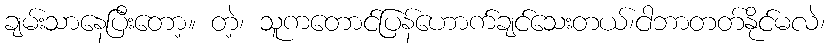
ချမ်းသာနေပြီးတော့။ တဲ့၊ သူကတောင်ပြန်ဟောက်ချင်သေးတယ်၊ငါဘာတတ်နိုင်မလဲ၊